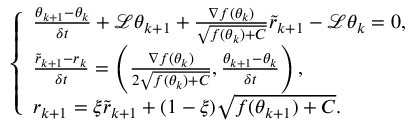
\left\{ \begin{array} { l l } { \frac { \theta _ { k + 1 } - \theta _ { k } } { \delta t } + \mathcal { L } \theta _ { k + 1 } + \frac { \nabla f ( { { \theta } } _ { k } ) } { \sqrt { f ( { \theta } _ { k } ) + C } } \tilde { r } _ { k + 1 } - \mathcal { L } \theta _ { k } = 0 , } \\ { \frac { \tilde { r } _ { k + 1 } - r _ { k } } { \delta t } = \left( \frac { \nabla f ( { \theta } _ { k } ) } { 2 \sqrt { f ( { \theta } _ { k } ) + C } } , \frac { \theta _ { k + 1 } - \theta _ { k } } { \delta t } \right) , } \\ { r _ { k + 1 } = \xi \tilde { r } _ { k + 1 } + ( 1 - \xi ) \sqrt { f ( \theta _ { k + 1 } ) + C } . } \end{array} \right.